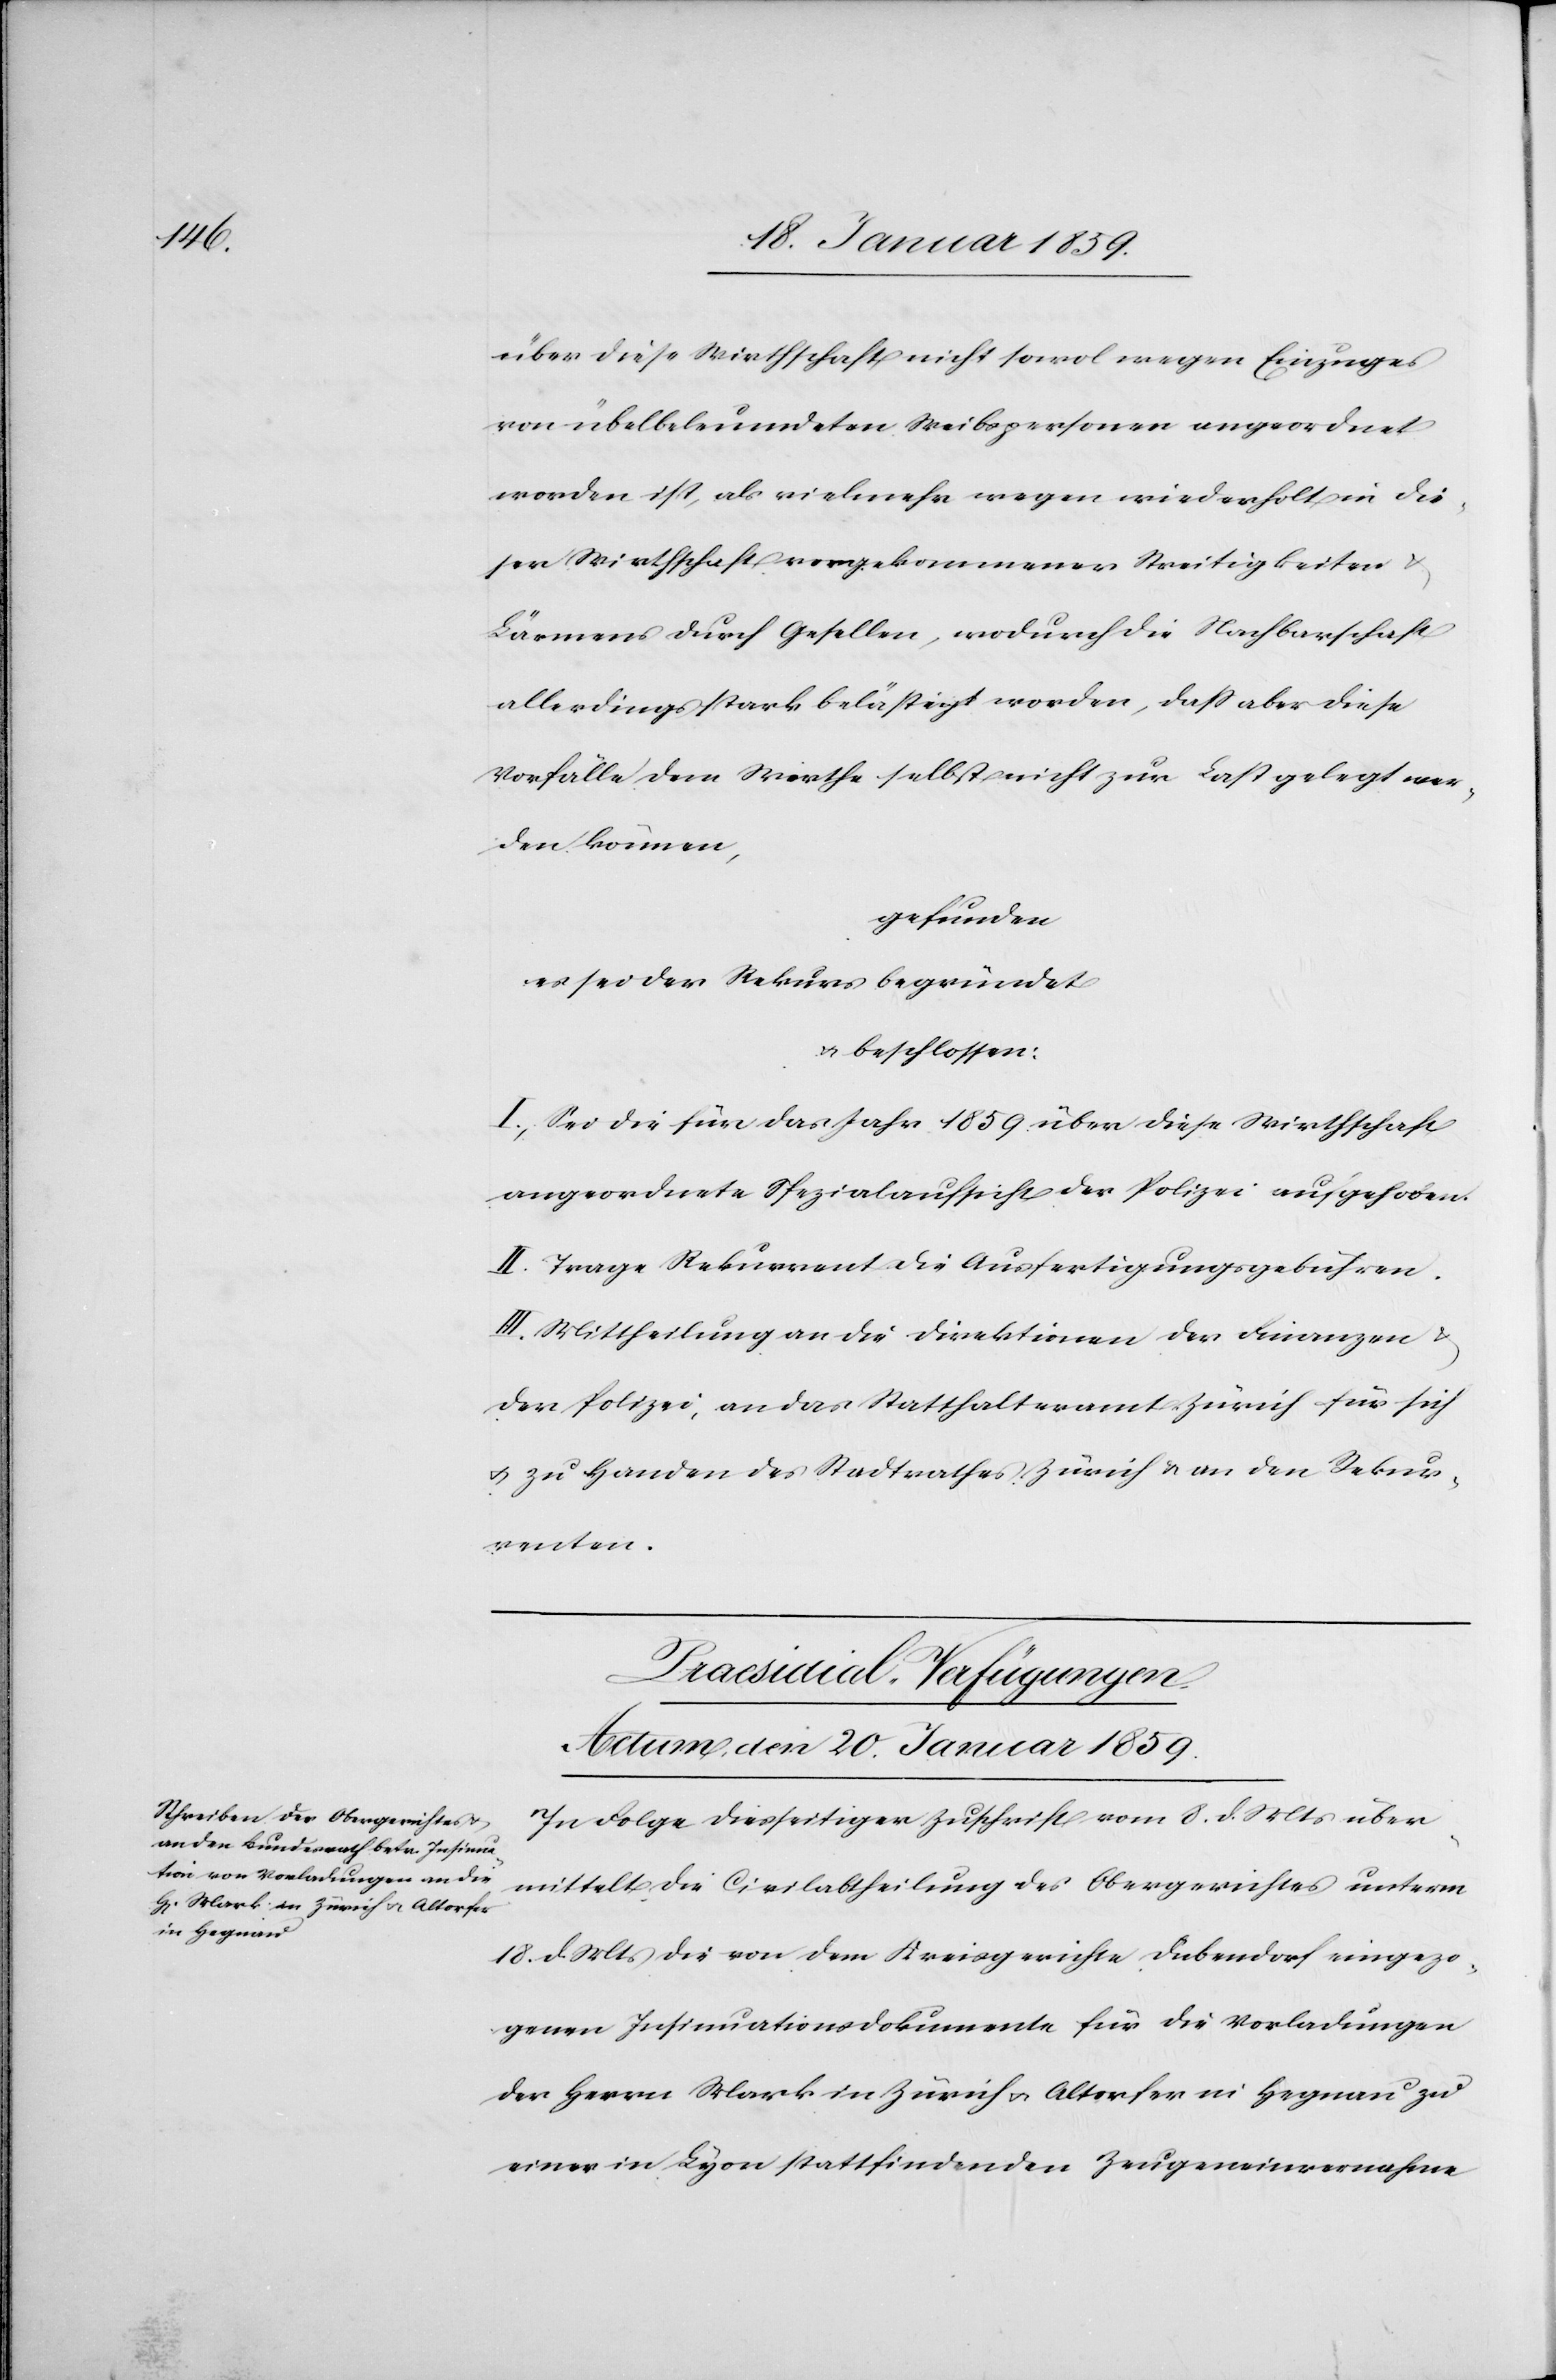
über diese Wirthschaft nicht sowol wegen Einzuges
von übelbeleumdeten Weibspersonen angeordnet
worden ist, als vielmehr wegen wiederholt in die¬
ser Wirthschaft vorgekommenen Streitigkeiten
Lärmens durch Gesellen, wodurch die Nachbarschaft
allerdings stark belästigt worden, daß aber diese
Vorfälle dem Wirthe selbst nicht zur Last gelegt wer¬
den können,
gefunden
es sei der Rekurs begründet
u. beschlossen:
I. Sei die für das Jahr 1859 über diese Wirthschaft
angeordnete Spezialaufsicht der Polizei aufgehoben.
II. Trage Rekurrent die Ausfertigungsgebühren.
III. Mittheilung an die Direktion der Finanzen
der Polizei; an das Statthalteramt Zürich für sich
u. zu Handen des Stadtrathes Zürich & an den Rekur¬
renten.
Praesidial-Verfügungen.
Actum, den 20 Januar 1859.
In Folge diesseitiger Zuschrift vom 8. d. Mts über¬
mittelt die Civilabtheilung des Obergerichtes unterm
18. d. Mts die von dem Kreisgerichte Dübendorf eingezo¬
genen Insinuationsdokumente für die Vorladungen
der Herrn Mark in Zürich u. Altorfer in Hegnau zu
einer in Lyon stattfindenden Zeugeneinvernahme